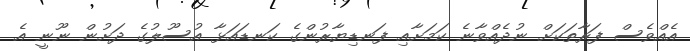
އެއްވެސް ފަރާތަކަށް ނުދެއްވާނެ ކަމަށާއި ފަނޑިޔާރުންގެ ކަނޑައަޅާ އުސޫލުގެ ދަށުން ނޫނީ އެ